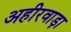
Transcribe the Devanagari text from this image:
अहीरवाड़ा